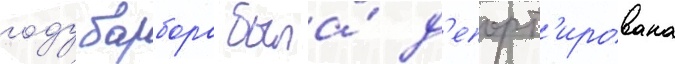
году барбора была́ д'епорт'ирована